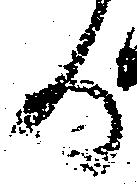
る